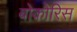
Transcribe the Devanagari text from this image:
बोकोरिस